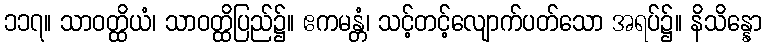
၁၁၇။ သာဝတ္ထိယံ၊ သာဝတ္ထိပြည်၌။ ဧကမန္တံ၊ သင့်တင့်လျောက်ပတ်သော အရပ်၌။ နိသိန္နော